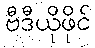
ဗီဒီယိုဖိုင်